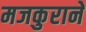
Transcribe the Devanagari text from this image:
मजकुराने